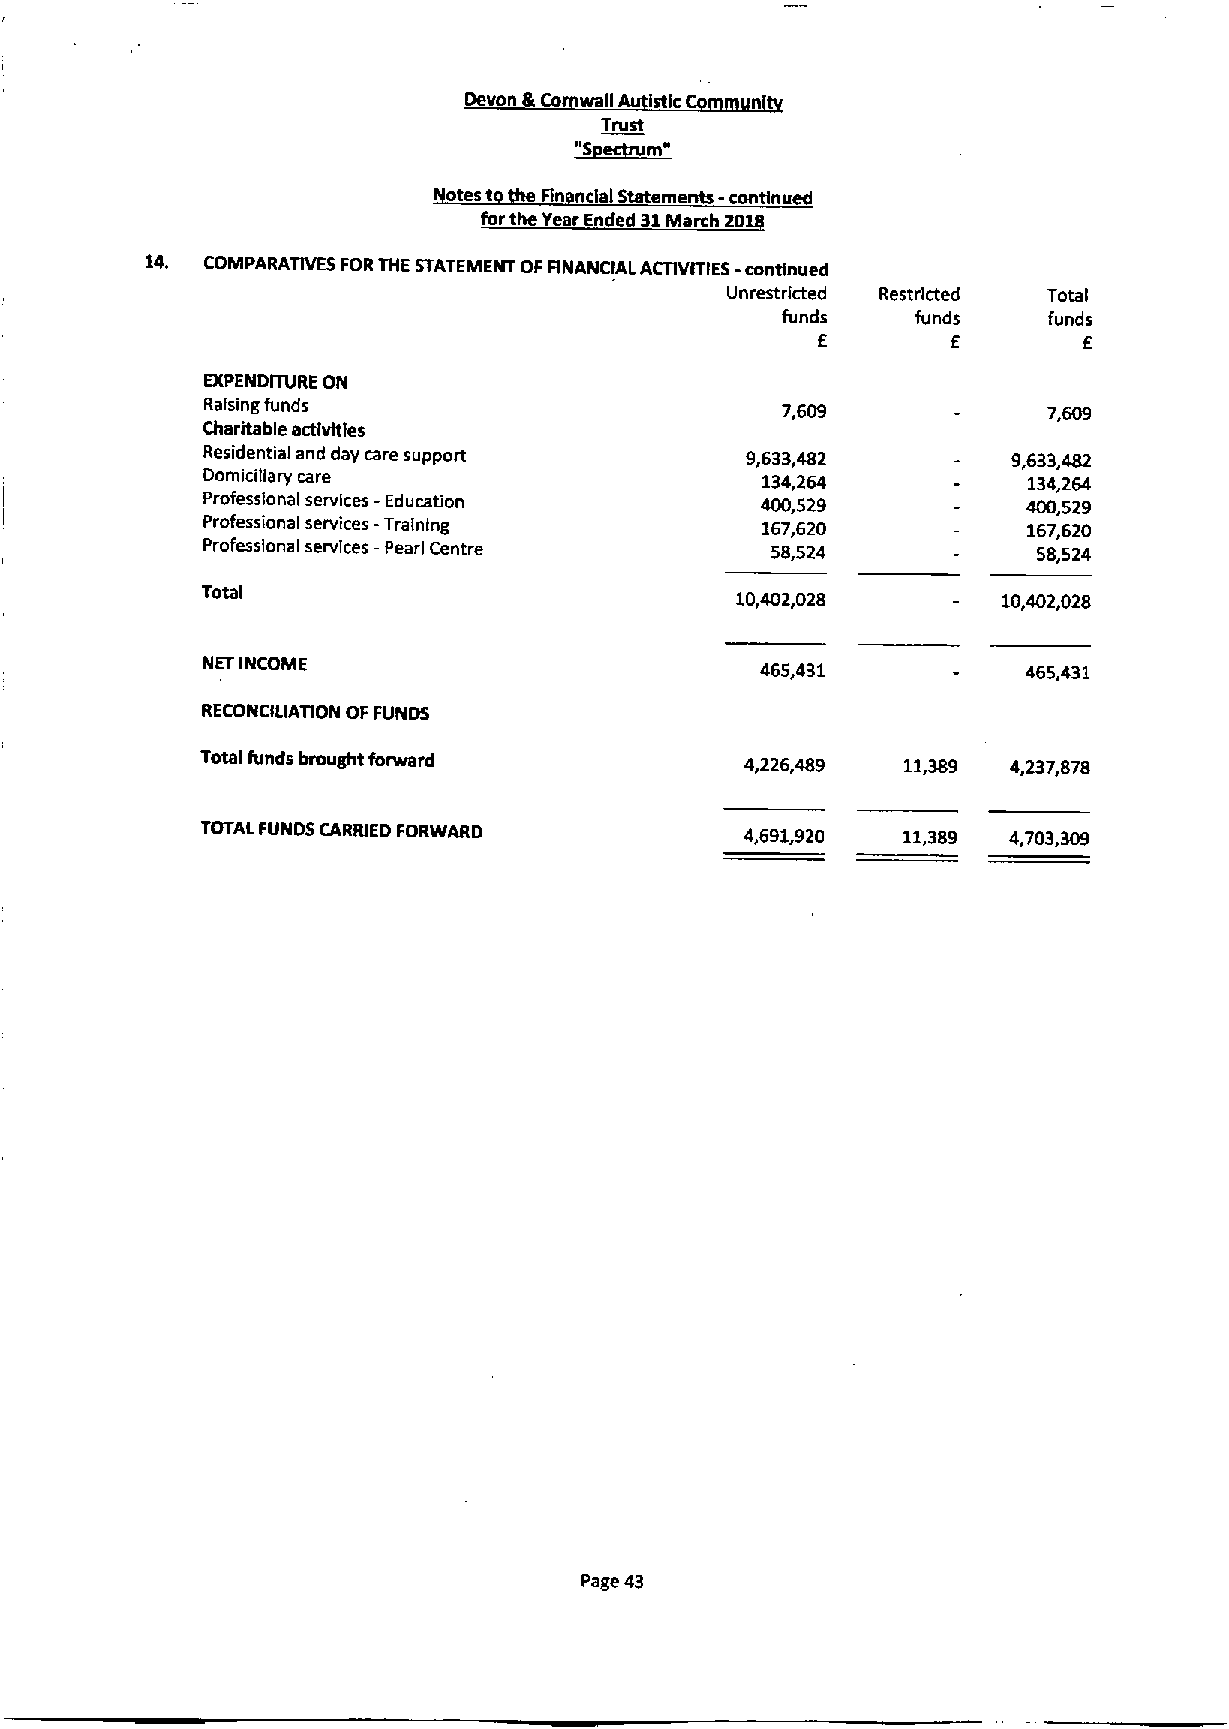
a
 Devon Co wall istic n
 Trust
 ~SecfDsm"
 utes t Rn nclal Statements - continued
 forthe Year Ended 31March 20
 14. COMPARATIVES FORTHE STATEMENT OFRNANCIAL ACTIVITIES-continued
 Unrestricted Restricted Total
 funds    funds   funds
 E        E        E
 EXPENDITURE ON
 Raising funds                         7,609
 Charitable activities
 Residential and day care support    9,633,482         9,633,482
 Domiciliary care                     134,264           134,264
 Professional services -Education     400,529           400,529
 Professional services -Training      167,620           167,620
 Professional services —Pearl Centre   58,524            58,524
 Total                               10,402,028       10,402,028
 NET INCOME                           465,431           465,431
 RECONCILIATION OFFUNDS
 Total funds brought forward         4,226,489  11,389 4,237,878
 TOTAL FUNDS CARRIED FORWARD         4,691,920  11,389 4,703,309
 Page 43